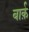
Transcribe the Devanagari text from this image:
बार्क़